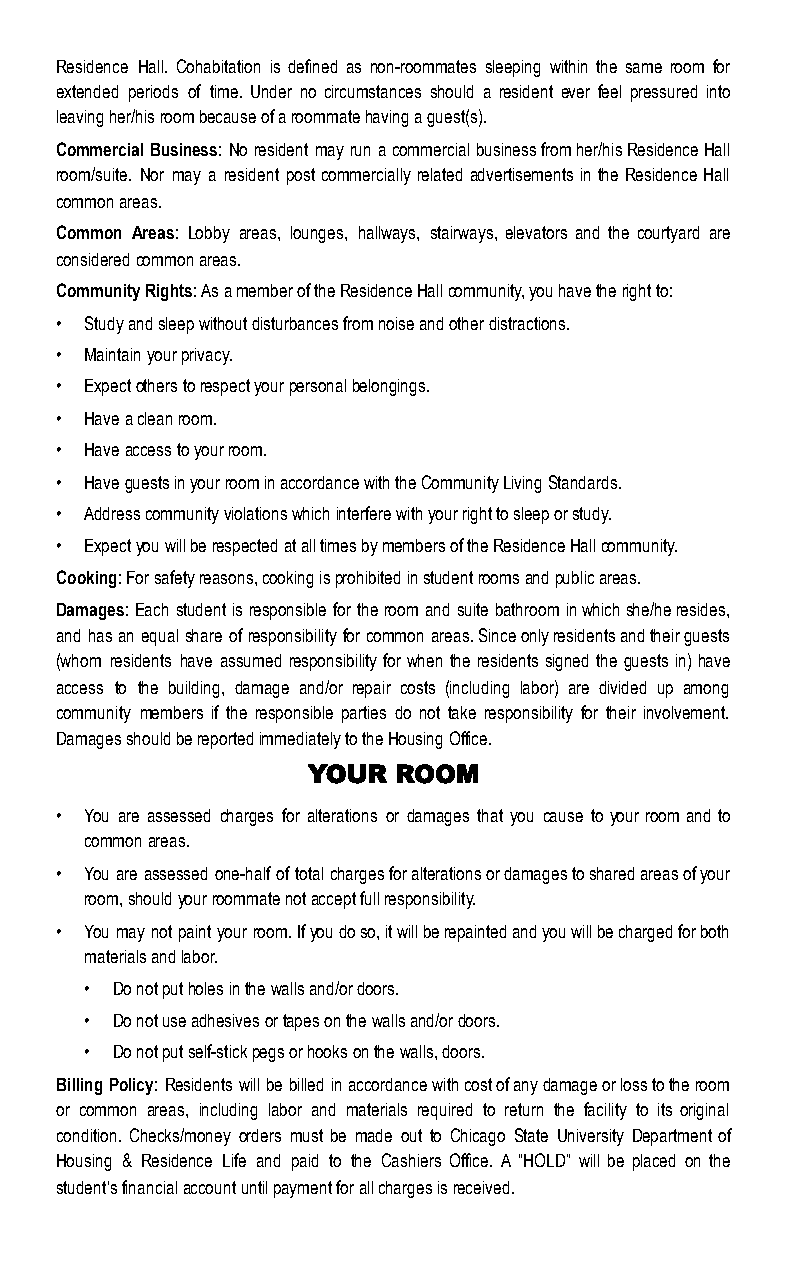
Residence Hall. Cohabitation is defined as non-roommates sleeping within the same room for
 extended periods of time. Under no circumstances should a resident ever feel pressured into
 leaving her/his room because of a roommate having a guest(s).
 Commercial Business: No resident may run a commercial business from her/his Residence Hall
 room/suite. Nor may a resident post commercially related advertisements in the Residence Hall
 common areas.
 Common Areas: Lobby areas, lounges, hallways, stairways, elevators and the courtyard are
 considered common areas.
 Community Rights: As a member of the Residence Hall community, you have the right to:
 • Study and sleep without disturbances from noise and other distractions.
 • Maintain your privacy.
 • Expect others to respect your personal belongings.
 • Have a clean room.
 • Have access to your room.
 • Have guests in your room in accordance with the Community Living Standards.
 • Address community violations which interfere with your right to sleep or study.
 • Expect you will be respected at all times by members of the Residence Hall community.
 Cooking: For safety reasons, cooking is prohibited in student rooms and public areas.
 Damages: Each student is responsible for the room and suite bathroom in which she/he resides,
 and has an equal share of responsibility for common areas. Since only residents and their guests
 (whom residents have assumed responsibility for when the residents signed the guests in) have
 access to the building, damage and/or repair costs (including labor) are divided up among
 community members if the responsible parties do not take responsibility for their involvement.
 Damages should be reported immediately to the Housing Office.
 YOUR  ROOM
 • You are assessed charges for alterations or damages that you cause to your room and to
 common areas.
 • You are assessed one-half of total charges for alterations or damages to shared areas of your
 room, should your roommate not accept full responsibility.
 • You may not paint your room. If you do so, it will be repainted and you will be charged for both
 materials and labor.
 • Do not put holes in the walls and/or doors.
 • Do not use adhesives or tapes on the walls and/or doors.
 • Do not put self-stick pegs or hooks on the walls, doors.
 Billing Policy: Residents will be billed in accordance with cost of any damage or loss to the room
 or common areas, including labor and materials required to return the facility to its original
 condition. Checks/money orders must be made out to Chicago State University Department of
 Housing & Residence Life and paid to the Cashiers Office. A “HOLD” will be placed on the
 student’s financial account until payment for all charges is received.